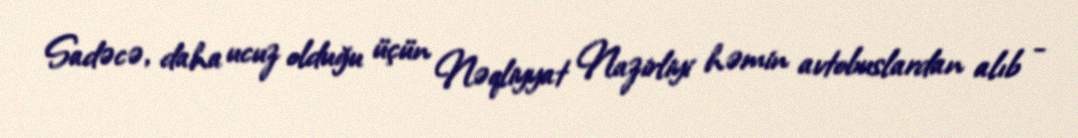
Sadəcə, daha ucuz olduğu üçün Nəqliyyat Nazirliyi həmin avtobuslardan alıb -